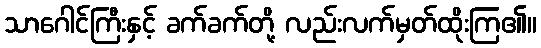
သာဂေါင်ကြီးနှင့် ခက်ခက်တို့ လည်းလက်မှတ်ထိုးကြ၏။